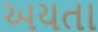
અયતા